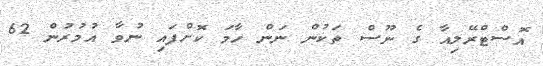
އޮސްޓްރޭލިއާ ގެ ނޫސް ތަކުން ނަން ހާމަ ކޮށްފައި ނުވާ އުމުރުން 62